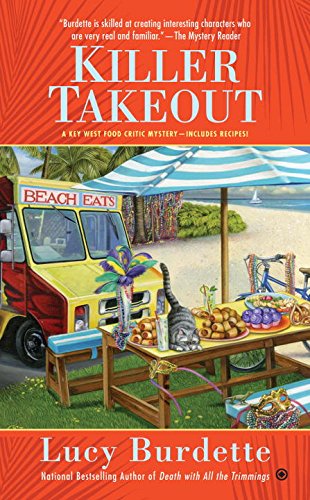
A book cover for Killer Takeout: A Key West Food Critic Mystery; Lucy Burdette; Mystery, Thriller & Suspense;